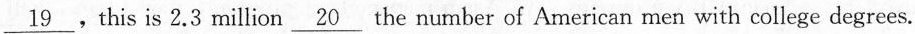
\underline{19},this is 2.3 million\underline{20}the number of American men with college degrees.